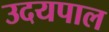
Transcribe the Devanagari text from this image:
उदयपाल